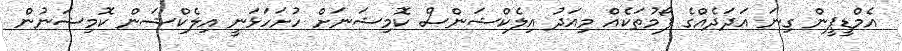
އެމްޑީޕީން ގިނަ އަދަދެއްގެ ފޯމުތަކެއް މިއަދު އިލެކްޝަންސް ކޮމިޝަނަށް ހުށަހަޅަނީ އިލެކްޝަން ކޮމިޝަނުން